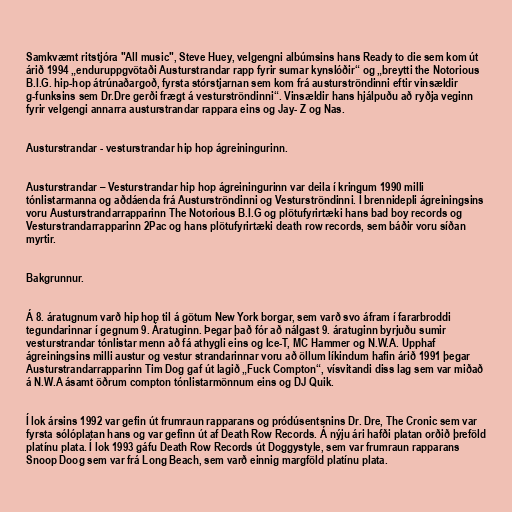
Samkvæmt ritstjóra "All music", Steve Huey, velgengni albúmsins hans Ready to die sem kom út
árið 1994 „enduruppgvötaði Austurstrandar rapp fyrir sumar kynslóðir“ og „breytti the Notorious
B.I.G. hip-hop átrúnaðargoð, fyrsta stórstjarnan sem kom frá austurströndinni eftir vinsældir
g-funksins sem Dr.Dre gerði frægt á vesturströndinni“. Vinsældir hans hjálpuðu að ryðja veginn
fyrir velgengi annarra austurstrandar rappara eins og Jay- Z og Nas.

Austurstrandar - vesturstrandar hip hop ágreiningurinn.

Austurstrandar – Vesturstrandar hip hop ágreiningurinn var deila í kringum 1990 milli
tónlistarmanna og aðdáenda frá Austurströndinni og Vesturströndinni. Í brennidepli ágreiningsins
voru Austurstrandarrapparinn The Notorious B.I.G og plötufyrirtæki hans bad boy records og
Vesturstrandarrapparinn 2Pac og hans plötufyrirtæki death row records, sem báðir voru síðan
myrtir.

Bakgrunnur.

Á 8. áratugnum varð hip hop til á götum New York borgar, sem varð svo áfram í fararbroddi
tegundarinnar í gegnum 9. Áratuginn. Þegar það fór að nálgast 9. áratuginn byrjuðu sumir
vesturstrandar tónlistar menn að fá athygli eins og Ice-T, MC Hammer og N.W.A. Upphaf
ágreiningsins milli austur og vestur strandarinnar voru að öllum líkindum hafin árið 1991 þegar
Austurstrandarrapparinn Tim Dog gaf út lagið „Fuck Compton“, vísvitandi diss lag sem var miðað
á N.W.A ásamt öðrum compton tónlistarmönnum eins og DJ Quik.

Í lok ársins 1992 var gefin út frumraun rapparans og pródúsentsnins Dr. Dre, The Cronic sem var
fyrsta sólóplatan hans og var gefinn út af Death Row Records. Á nýju ári hafði platan orðið þreföld
platínu plata. Í lok 1993 gáfu Death Row Records út Doggystyle, sem var frumraun rapparans
Snoop Doog sem var frá Long Beach, sem varð einnig margföld platínu plata.